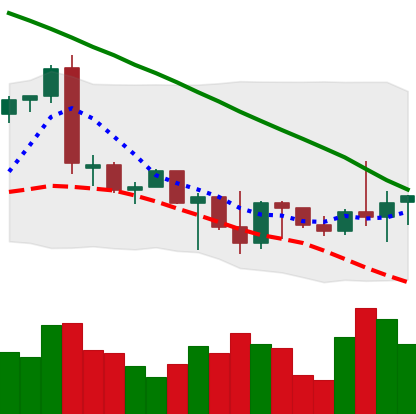
Ticker: BTC-USD
Chart end date: 2022-09-29
Forward return: 3.902%
Label: up_3_5